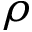
\rho